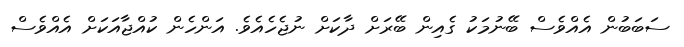
ސަބަބުން އެއްވެސް ބޭނުމަކު ގެއިން ބޭރަށް ދާކަށް ނުޖެހެއެވެ. އަންހެން ކުއްޖާއަކަށް އެއްވެސް